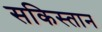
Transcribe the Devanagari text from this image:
सकिस्तान